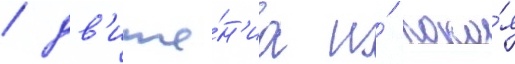
/ дв'иже́н'иа и́ поко́я